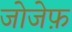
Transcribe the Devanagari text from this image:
जोजेफ़